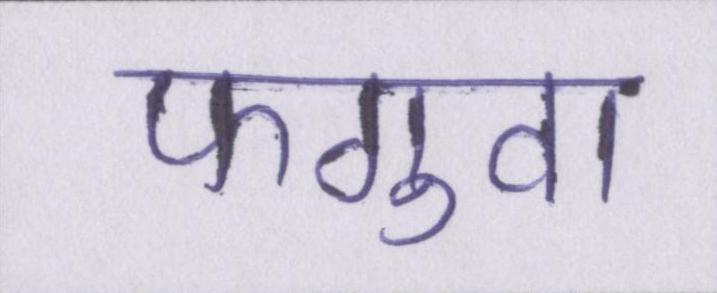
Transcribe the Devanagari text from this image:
फगुवा